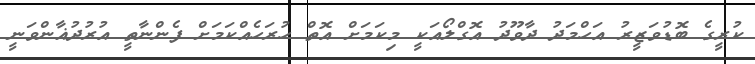
ކުރީގެ ބޮޑުވަޒީރު އަހްމަދު ދާވޫދު އޮގްލޯއަކީ މިކަމަށް އޮތް ހުރަހެއްކަމަށް ފެންނާތީ އުރުދުޣާންވަނީ